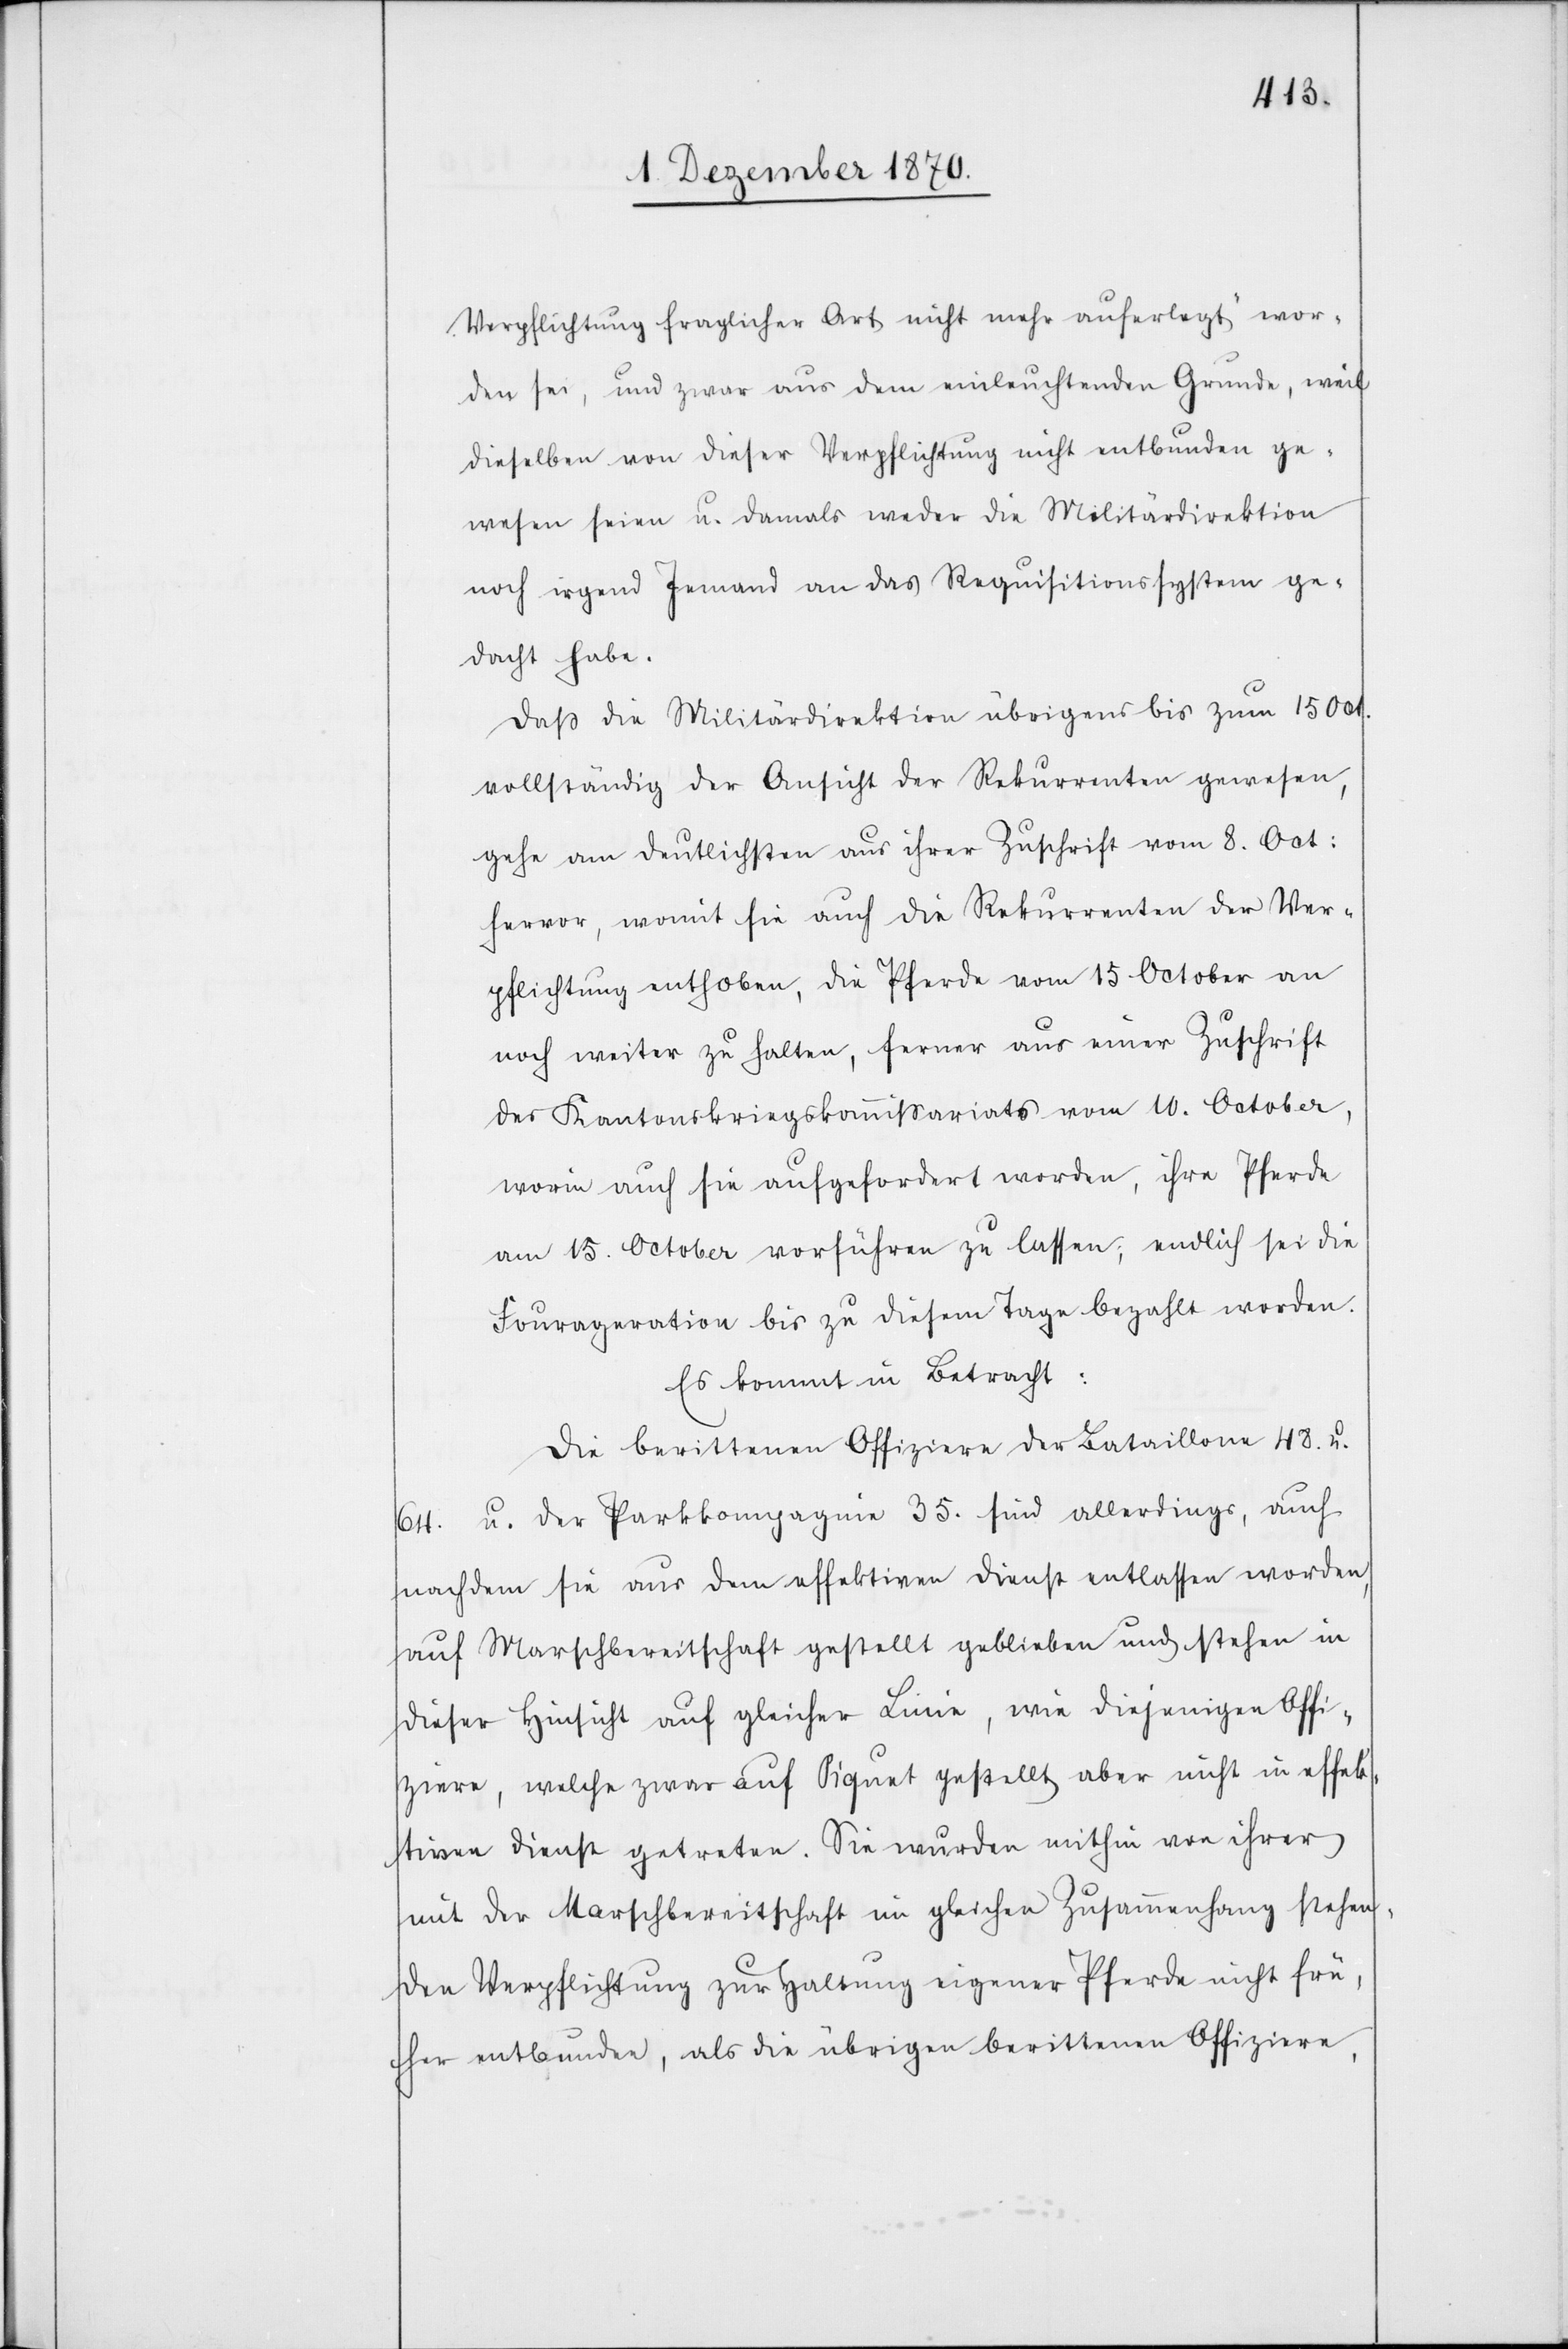
Verpflichtung fraglicher Art nicht mehr auferlegt“ wor¬
den sei, und zwar aus dem einleuchtenden Grunde, weil
dieselben von dieser Verpflichtung nicht entbunden ge¬
wesen seien u. damals weder die Militärdirektion
noch irgend Jemand an das Requisitionssystem ge¬
dacht habe.
Daß die Militärdirektion übrigens bis zum 15 Oct.
vollständig der Ansicht der Rekurrenten gewesen,
gehe am deutlichsten aus ihrer Zuschrift vom 8. Oct:
hervor, womit sie auch die Rekurrenten der Ver¬
pflichtung enthoben, die Pferde vom 15 October an
noch weiter zu halten, ferner aus einer Zuschrift
des Kantonskriegskommißariats vom 10. October,
worin auch sie aufgefordert werden, ihre Pferde
am 15. October vorführen zu lassen; endlich sei die
Fourageration bis zu diesem Tage bezahlt worden.
Es kommt in Betracht:
Die berittenen Offiziere der Bataillone 48. u.
64. u. der Parkkompagnie 35. sind allerdings, auch
nachdem sie aus dem effektiven Dienst entlassen worden,
auf Marschbereitschaft gestellt geblieben und stehen in
dieser Hinsicht auf gleicher Linie, wie diejenigen Offi¬
ziere, welche zwar auf Piquet gestellt aber nicht in effek¬
tiven Dienst getreten. Sie wurden mithin von ihrer
mit der Marschbereitschaft im gleichen Zusammenhang stehen¬
den Verpflichtung zur Haltung eigener Pferde nicht frü¬
her entbunden, als die übrigen berittenen Offiziere,